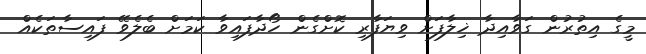
މީގެ އިތުރުން ގަވާއިދާ ޚިލާފަށް ވިޔަފާރި ކޮށްގެން ހޯދާފައިވާ ކަމަށް ބެލެވޭ ފައިސާތަކެއް